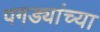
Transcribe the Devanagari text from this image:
पगड्यांच्या